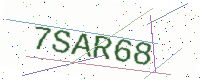
Text: 7SAR68